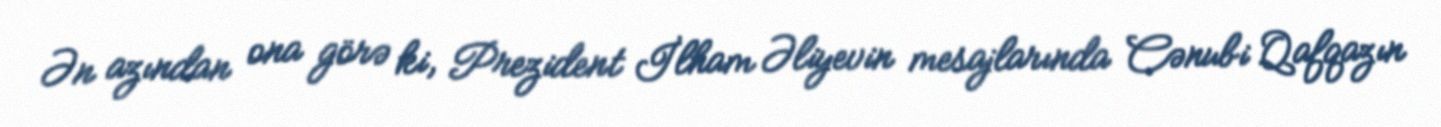
Ən azından ona görə ki, Prezident İlham Əliyevin mesajlarında Cənubi Qafqazın